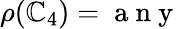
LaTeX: \rho(\mathbb{C}_{4})=\mathrm{{~a~n~y~}}